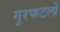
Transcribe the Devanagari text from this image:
गुरफटलो